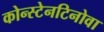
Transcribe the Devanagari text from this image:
कोन्स्टेनटिनोवा